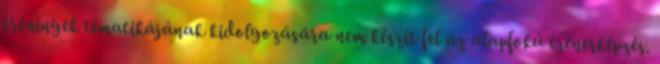
tréningek tematikájának kidolgozására nem készít fel az alapfokú trénerképzés.